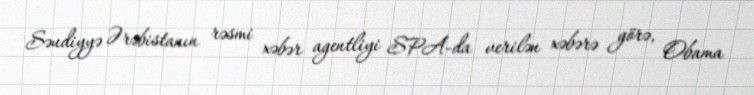
Səudiyyə Ərəbistanın rəsmi xəbər agentliyi SPA-da verilən xəbərə görə, Obama